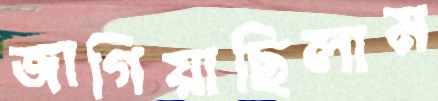
জাগিয়াছিলাম